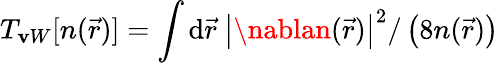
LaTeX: T_{\mathbf{v}W}[n(\vec{{r}})]=\int{\mathrm{{d}}}\vec{{r}}~\left|\nablan(\vec{{r}})\right|^{2}/\left(8n(\vec{{r}})\right)